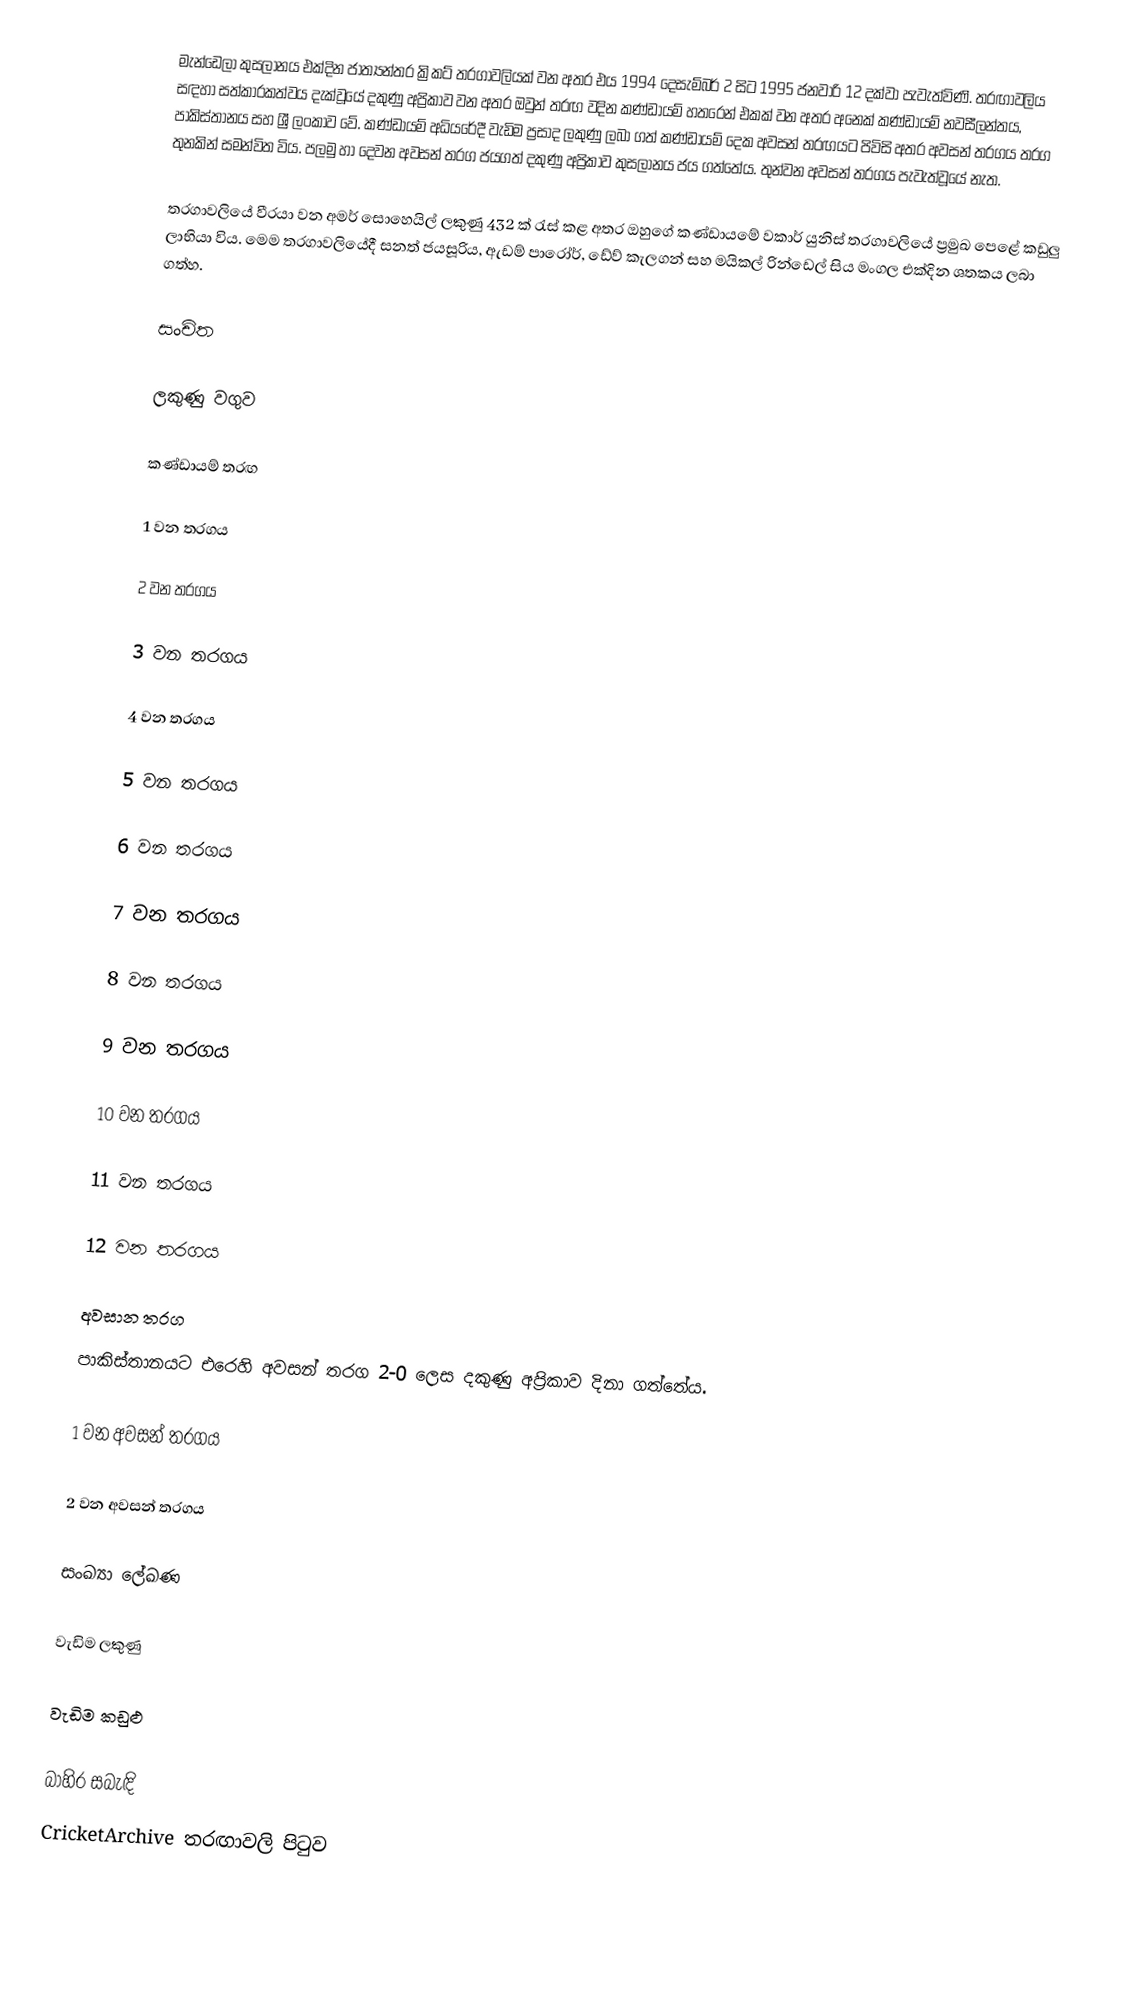
මැන්ඩෙලා කුසලානය එක්දින ජාත්‍යන්තර ක්‍රිකට් තරගාවලියක් වන අතර එය 1994 දෙසැම්බර් 2 සිට 1995 ජනවාරි 12 දක්වා පැවැත්විණි.  තරඟාවලිය සඳහා සත්කාරකත්වය දැක්වූයේ දකුණු අප්‍රිකාව වන අතර ඔවුන් තරඟ වදින කණ්ඩායම් හතරෙන් එකක් වන අතර අනෙක් කණ්ඩායම් නවසීලන්තය, පාකිස්තානය සහ ශ්‍රී ලංකාව වේ. කණ්ඩායම් අධියරේදී වැඩිම ප්‍රසාද ලකුණු ලබා ගත් කණ්ඩායම් දෙක අවසන් තරඟයට පිවිසි අතර අවසන් තරගය තරග තුනකින් සමන්විත විය. පලමු හා දෙවන අවසන් තරග ජයගත් දකුණු අප්‍රිකාව කුසලානය ජය ගත්තේය. තුන්වන අවසන් තරගය පැවැත්වූයේ නැත.

තරගාවලියේ වීරයා වන අමර් සොහෙයිල් ලකුණු 432 ක් රැස් කළ අතර ඔහුගේ කණ්ඩායමේ වකාර් යුනිස් තරගාවලියේ ප්‍රමුඛ පෙළේ කඩුලු ලාභියා විය. මෙම තරගාවලියේදී සනත් ජයසූරිය, ඇඩම් පාරෝර්, ඩේව් කැලගන් සහ මයිකල් රින්ඩෙල් සිය මංගල එක්දින ශතකය ලබා ගත්හ.

සංචිත

ලකුණු වගුව

කණ්ඩායම් තරඟ

1 වන තරගය

2 වන තරගය

3 වන තරගය

4 වන තරගය

5 වන තරගය

6 වන තරගය

7 වන තරගය

8 වන තරගය

9 වන තරගය

10 වන තරගය

11 වන තරගය

12 වන තරගය

අවසාන තරග
පාකිස්තානයට එරෙහි අවසන් තරග 2-0 ලෙස දකුණු අප්‍රිකාව දිනා ගත්තේය.

1 වන අවසන් තරගය

2 වන අවසන් තරගය

සංඛ්‍යා ලේඛණ

වැඩිම ලකුණු

වැඩිම කඩුළු

බාහිර සබැඳි
 CricketArchive තරඟාවලි පිටුව